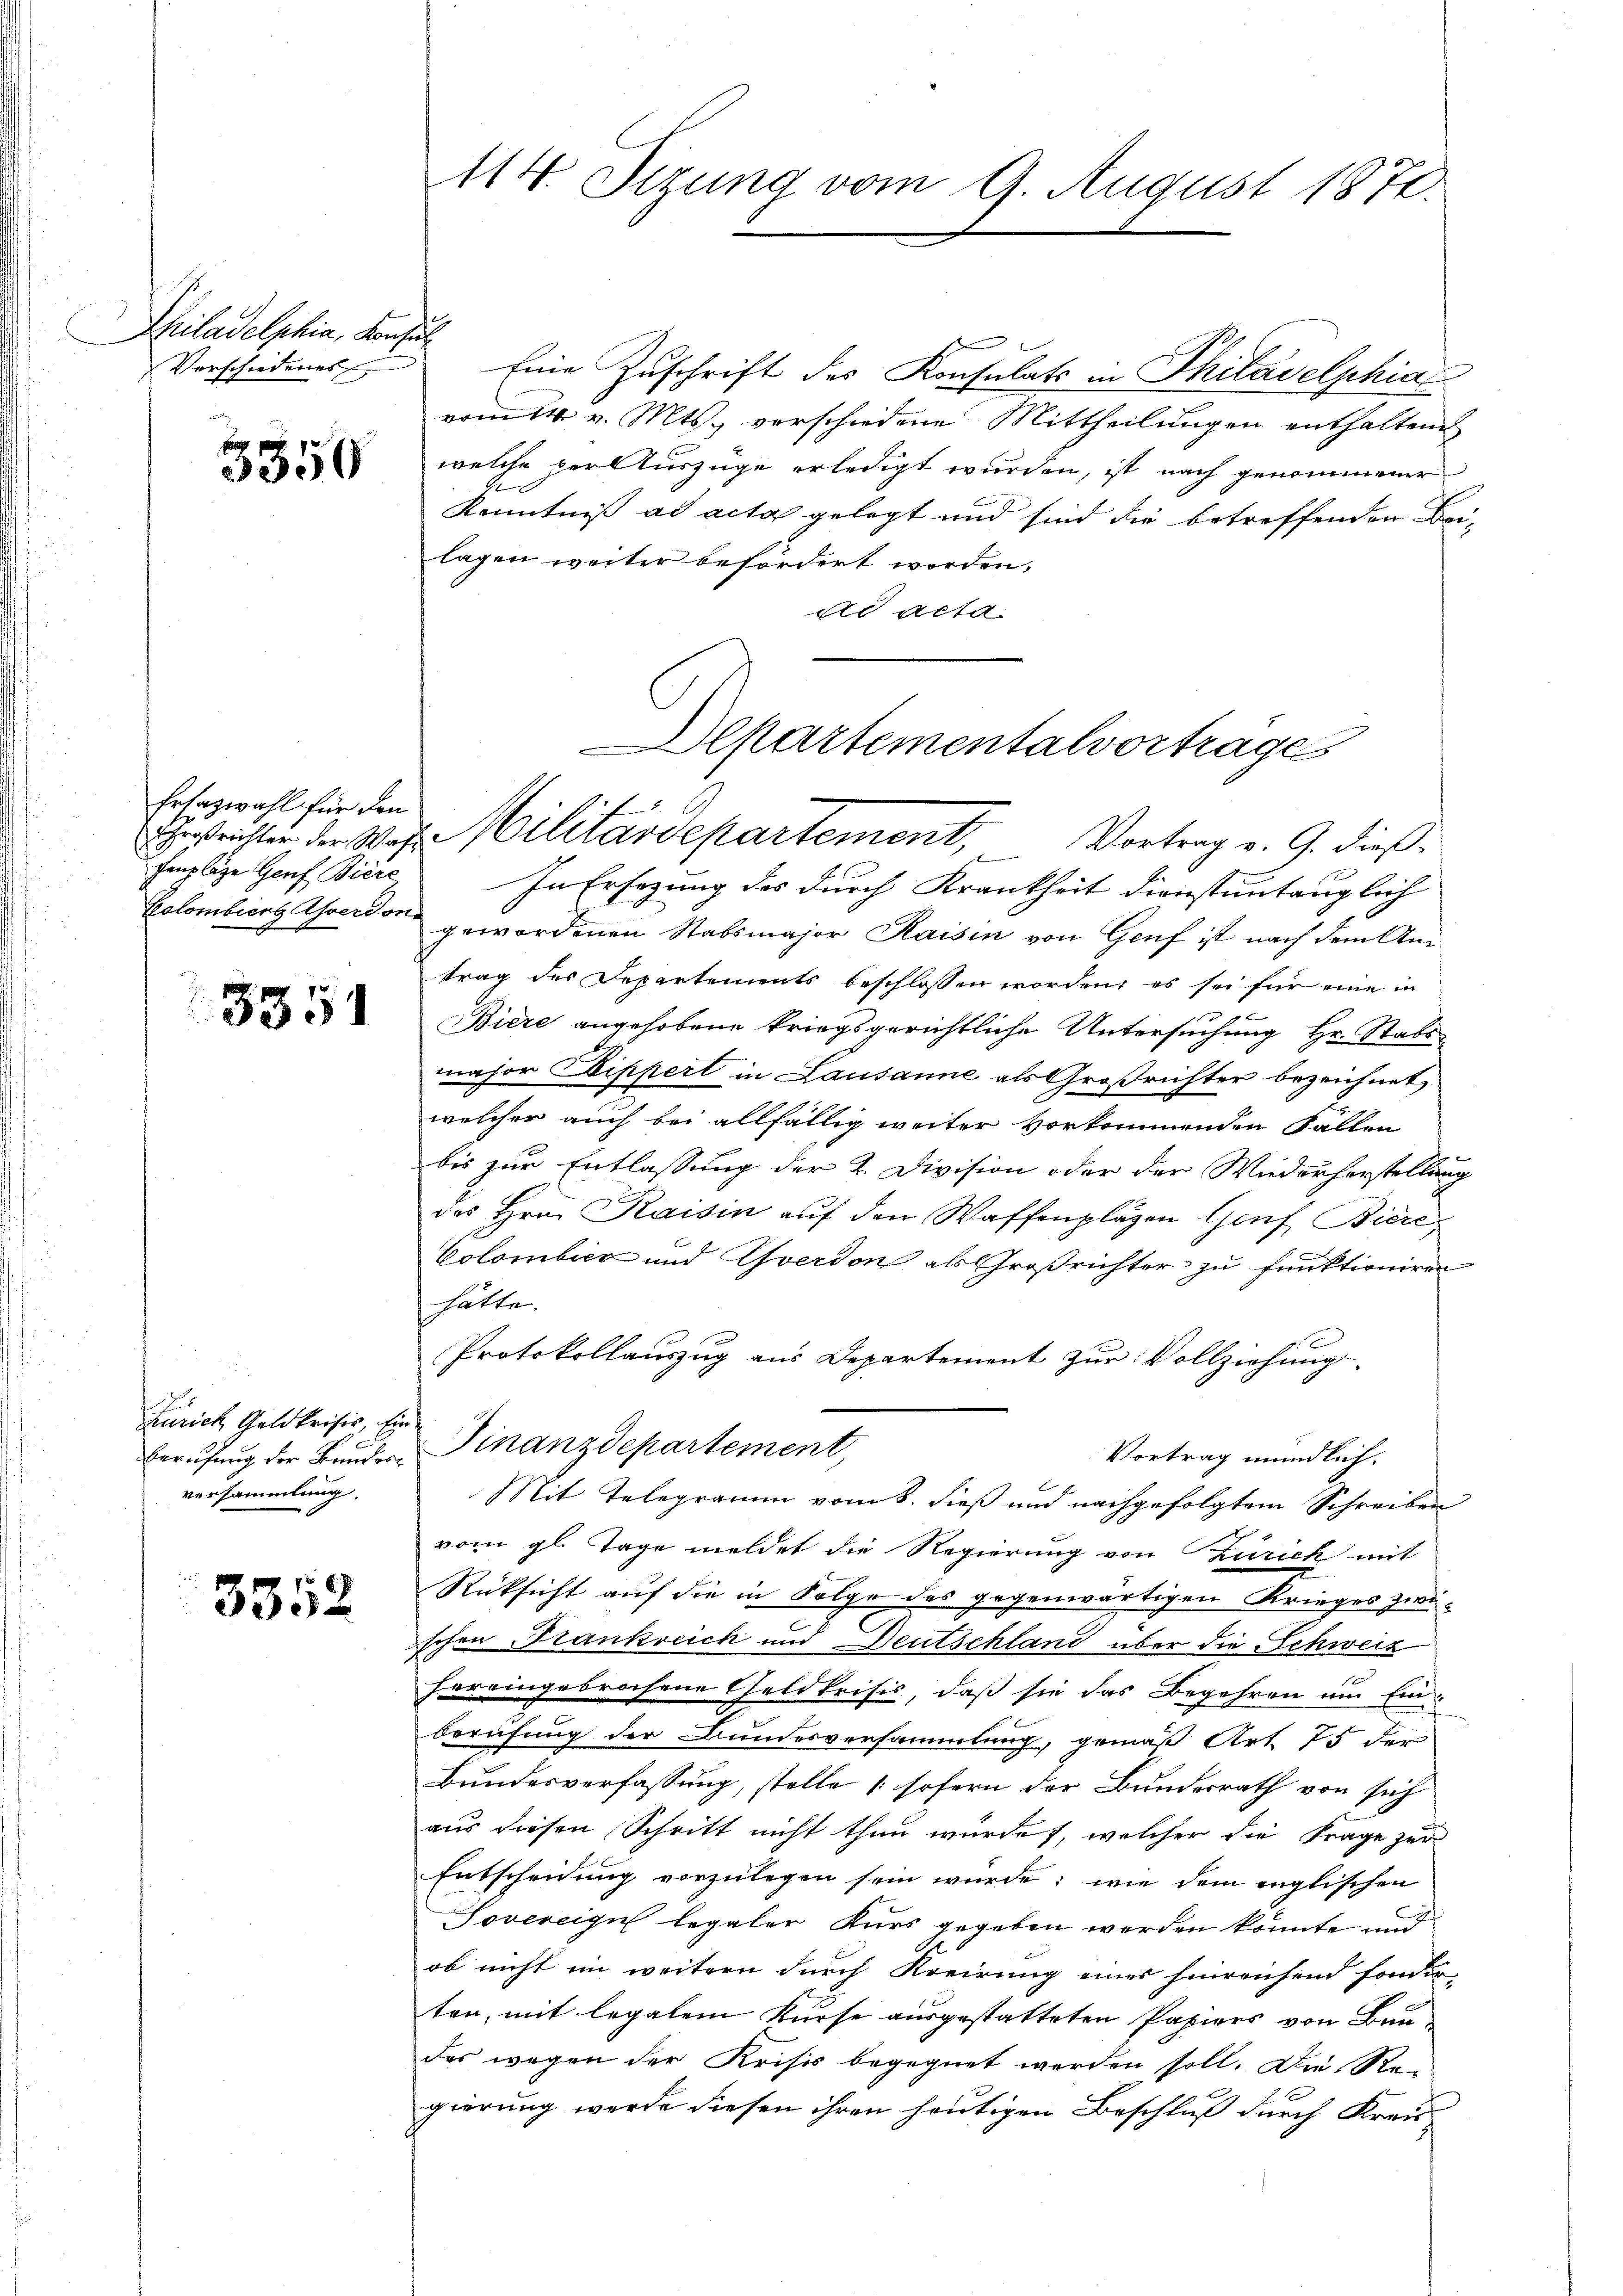
Philadelphia, Konsul
Verschiedenes

3350

Erlazwahl für den
fenplaze Genf Biere

3351

u
Zürich Geld profis, Ein
versammlung

3352

114. Sizung vom 9. August 1870.

Eine Zuschrift des Konsulats in Philadelphia
vom 14. v. Mts. vorschiedene Mittheilungen enthaltend
welche der Auszüge erledigt wurden, ist nach genommener
Kenntniß ad acta gelegt und sind die betreffenden Bei-
lagen weiter befördert worden,
ad acta

Berufung der Bruder Finanzdepartement,

Departementalvertrage
esrichter der Was Militärdepartement, Vortrag v. G. dieß¬

In Ersezung des durch Krankheit dienstuntauglich
Colombiens verdon gewordenen Stabsmajor Raisin von Genf ist nach dem Antrag des Departements beschlossen worden, es sei für eine in
Biere angehobene kriegsgerichtliche Untersuchung Hr. Stabs-
major Zippert in Lausanne als Großrichter bezeichnet,
welcher auch bei allfällig weiter vorkommenden Fallen
bis zur Entlassung der 2. Division oder der Wiederherstellung
des Hrn. Kaisin auf den Waffenplägen Genf Biere,
Colombicz und Yverdon als Großrichter zu funktioniren
hätte.
Protokollauszug aus Departement zur Vollziehung
Vortrag mündlich.
Mit Telegramm vom 8. dieß und nachgefolgtem Schreiben
vom gl. Tage meldet die Regierung von Zürich mit
Rücksicht auf die in Folge des gegenwärtigen Krieges zwischen Frankreich und Deutschland über die Schweiz
hereingebrochene Geldkrisis, daß sie das Begehren um Einberufung der Bundesversammlung, gemäß Art. 75 der
Bundesverfassung, stelle (sofern der Bundesrath von sich
aus diesen Schritt nicht thun wurde, welcher die Frage zur
Entscheidung vorzulegen sein würde; wie dem englischen
Sovereigel legaler Kurs gegeben werden könnte und
ob nicht im weitern durch Kreirung eines hinreichend sonder-
ten, mit legalem Kurse ausgestatteten Papiers von Baudas wegen der Krisis begegnet werden soll. Die Re-
gierung werde diesen ihren heutigen Beschluß durch Kreis